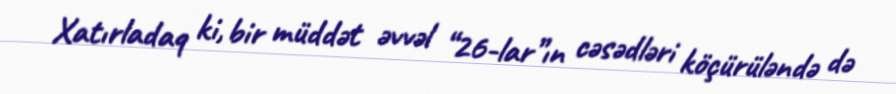
Xatırladaq ki, bir müddət əvvəl “26-lar”ın cəsədləri köçürüləndə də